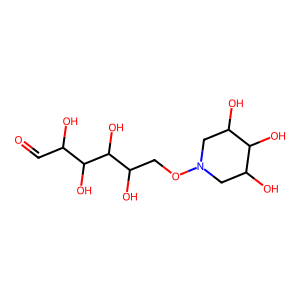
SMILES: O=CC(O)C(O)C(O)C(O)CON1CC(O)C(O)C(O)C1
Inhibits HIV replication: No